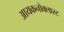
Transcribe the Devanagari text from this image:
आयकनोक्लास्ट